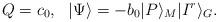
LaTeX: \begin{align*}Q=c_0,\ \ |\Psi\rangle=-b_0|P\rangle_M |I^r\rangle_G.\end{align*}